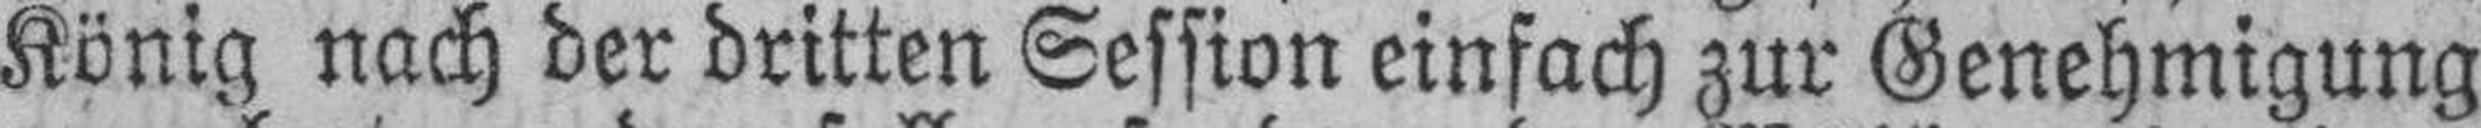
König nach der dritten Session einfach zur Genehmigung